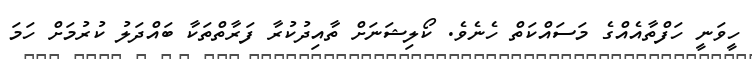
ހީވަނީ ހަފްތާއެއްގެ މަސައްކަތް ހެނެވެ. ކޯލިޝަނަށް ތާއިދުކުރާ ފަރާތްތަކާ ބައްދަލު ކުރުމަށް ހަމަ